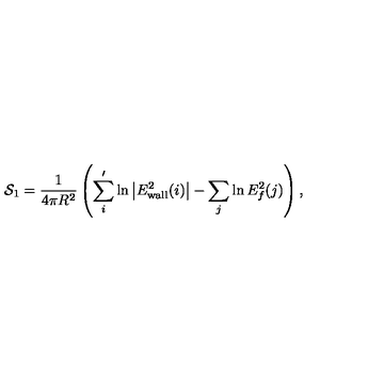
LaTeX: { \cal S } _ { 1 } = \frac { 1 } { 4 \pi R ^ { 2 } } \left( \sum _ { i } ^ { \prime } \ln \left| E _ { \mathrm { w a l l } } ^ { 2 } ( i ) \right| - \sum _ { j } \ln E _ { f } ^ { 2 } ( j ) \right) ,